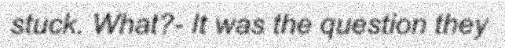
stuck. What?- It was the question they